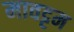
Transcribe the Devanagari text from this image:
मावट्टम